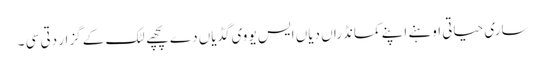
ساری حیاتی اوہنے اپنے کمانڈراں دیاں ایس یو وی گڈیاں دے پچھے لٹک کے گزار دتی سی ۔